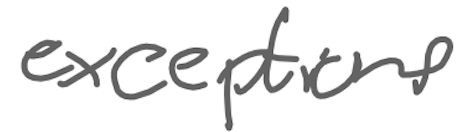
Text: exceptions
Cross-out: clean
Writing tool: digital_gray